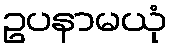
ဥပနာမယုံ